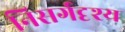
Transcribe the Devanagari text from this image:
निसर्गदृश्य